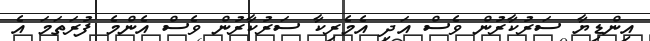
އިންޑިޔާ ސަރުކާރުން ވެސް އަދި އެމެރިކާ ސަރުކާރުން ވެސް އެންމެ ފުރަތަމަ އެ